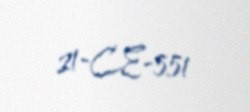
21-CE-551